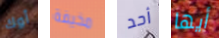
أوك مخيفة أحد أيها